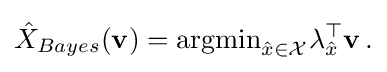
{\begin{aligned}{\hat {X}}_{Bayes}(\mathbf {v} )={\text{argmin}}_{{\hat {x}}\in {\mathcal {X}}}\lambda _{\hat {x}}^{\top }\mathbf {v} \,.\end{aligned}}